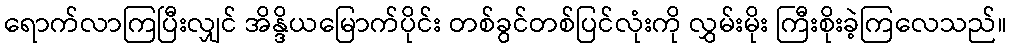
ရောက်လာကြပြီးလျှင် အိန္ဒိယမြောက်ပိုင်း တစ်ခွင်တစ်ပြင်လုံးကို လွှမ်းမိုး ကြီးစိုးခဲ့ကြလေသည်။